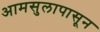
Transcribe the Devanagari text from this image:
आमसुलापासून